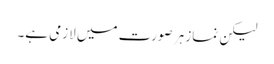
لیکن نماز ہر صورت میں لازمی ہے۔